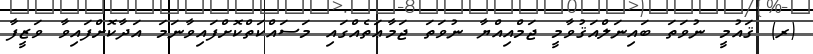
(ރ) ޤައުމީ ނުވަތަ ބައިނަލްއަޤުވާމީ ޖަމްއިއްޔާ ނުވަތަ ޖަމާޢަތެއްގައި މަސައްކަތްކޮށްފައިވާނަމަ އަދާކޮށްފައިވާ ވަޒީފާ